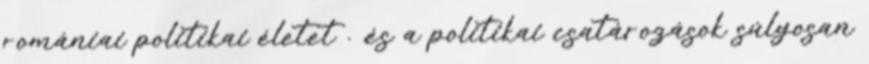
romániai politikai életet . ,és a politikai csatározások súlyosan